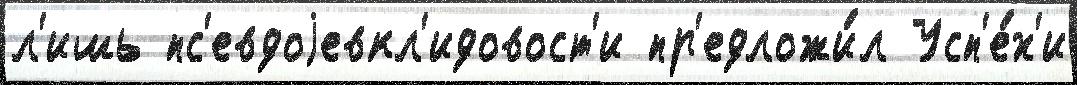
л'ишь пс'евдоjевкл'идовост'и пр'едложи́л Усп'е́х'и